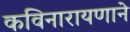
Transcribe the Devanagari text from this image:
कविनारायणाने